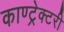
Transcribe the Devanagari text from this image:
काण्ट्रेक्टरी